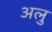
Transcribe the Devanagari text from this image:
अलु